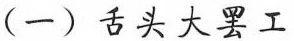
(一)舌头大罢工